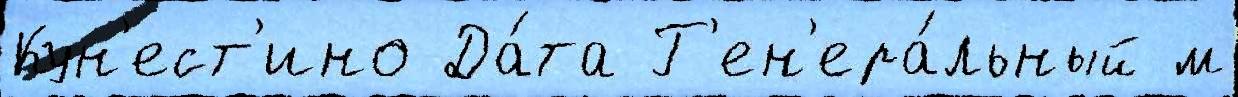
Кун'ест'ино Да́та Г'ен'ера́льный м